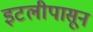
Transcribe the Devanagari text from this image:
इटलीपासून